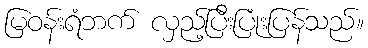
မြဝန်းရံဘက် လှည့်ပြီးပြုံးပြန်သည်။